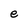
Character: e